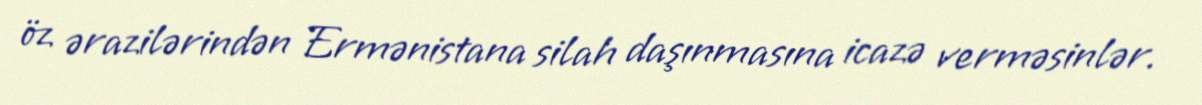
öz ərazilərindən Ermənistana silah daşınmasına icazə verməsinlər.